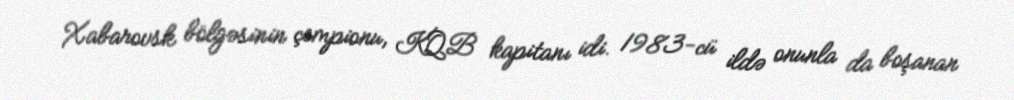
Xabarovsk bölgəsinin çempionu, KQB kapitanı idi. 1983-cü ildə onunla da boşanan